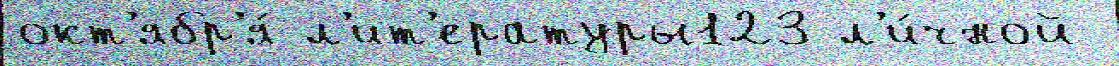
окт'ябр'я́ л'ит'ературы123 л'и́чной